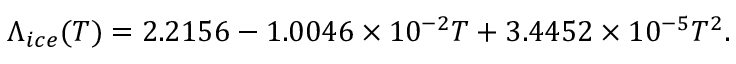
\Lambda _ { i c e } ( T ) = 2 . 2 1 5 6 - 1 . 0 0 4 6 \times 1 0 ^ { - 2 } T + 3 . 4 4 5 2 \times 1 0 ^ { - 5 } T ^ { 2 } .